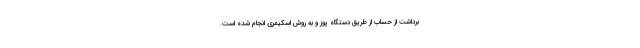
برداشت از حساب از طریق دستگاه پوز و به روش اسکیمری انجام شده است.